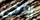
روحى